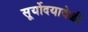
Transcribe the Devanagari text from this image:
सूर्योदयावेळी